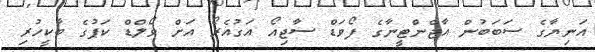
އަނިޔާގެ ސަބަބުން އާޖެންޓީނާގެ ފޯވަޑް ސާޖިއޯ އަގުއެރޯ އަށް ވޯލްޑް ކަޕުގެ ބާކީހުރި